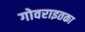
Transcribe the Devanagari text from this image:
गोवराइतका